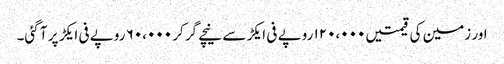
اور زمین کی قیمتیں ۱۲۰،۰۰۰ روپے فی ایکڑ سے نیچے گر کر ۶۰،۰۰۰ روپے فی ایکڑ پر آ گئی۔